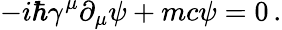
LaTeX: -i\hbar\gamma^{\mu}\partial_{\mu}\psi+mc\psi=0\, .